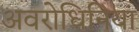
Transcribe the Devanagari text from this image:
अवरोधिनियां